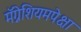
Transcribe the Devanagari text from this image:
मॅग्नेशियमपेक्षा